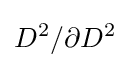
D^{2}/\partial {D^{2}}